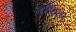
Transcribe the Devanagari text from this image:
सटैरिकल